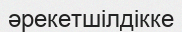
әрекетшілдікке